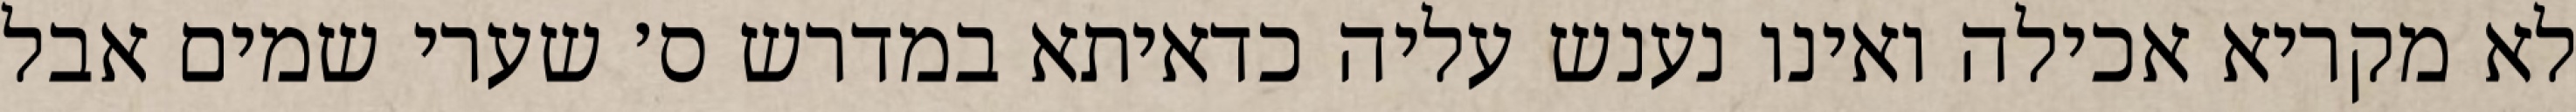
לא מקריא אכילה ואינו נענש עליה כדאיתא במדרש ס׳ שערי שמים אבל